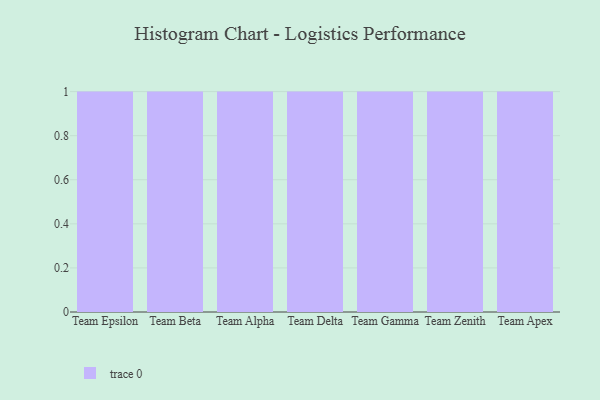
{"axis": {"x": "Team", "y": "Customer Acquisition Cost (USD)"}, "legend": [""], "data": [{"x": "Team Epsilon", "y": 56, "type": ""}, {"x": "Team Beta", "y": 14, "type": ""}, {"x": "Team Alpha", "y": 77, "type": ""}, {"x": "Team Delta", "y": 15, "type": ""}, {"x": "Team Gamma", "y": 78, "type": ""}, {"x": "Team Zenith", "y": 98, "type": ""}, {"x": "Team Apex", "y": 74, "type": ""}]}